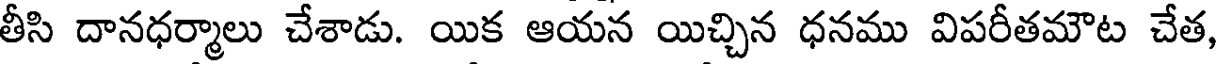
తీసి దానధర్మాలు చేశాడు. యిక ఆయన యిచ్చిన ధనము విపరీతమౌట చేత,